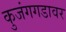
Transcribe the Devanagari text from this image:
कुजंगगडावर